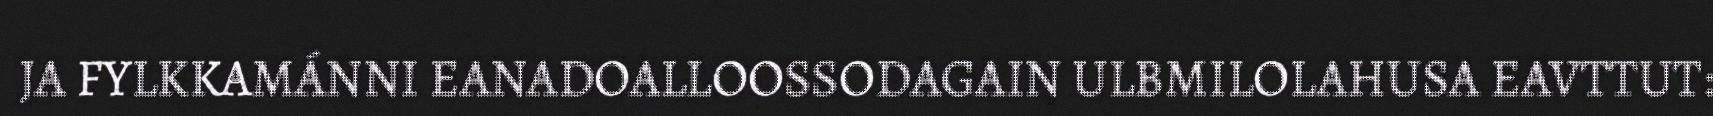
JA FYLKKAMÁNNI EANADOALLOOSSODAGAIN ULBMILOLAHUSA EAVTTUT: